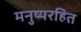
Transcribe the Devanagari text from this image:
मनुष्यरहित